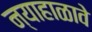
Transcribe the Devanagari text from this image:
न्याहाळावे